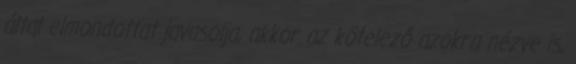
által elmondottat javasolja, akkor az kötelező azokra nézve is,